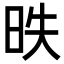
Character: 昳